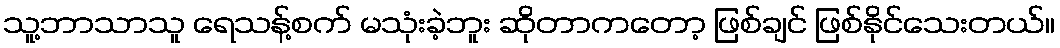
သူ့ဘာသာသူ ရေသန့်စက် မသုံးခဲ့ဘူး ဆိုတာကတော့ ဖြစ်ချင် ဖြစ်နိုင်သေးတယ်။